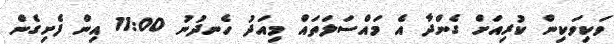
ވަކިވަކިން ކުރިއަށް ގެންދާ އެ މައްސަލަތައް މިއަދު ހެނދުނު 11:00 އިން ފެށިގެން